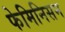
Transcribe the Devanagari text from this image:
फेमिनिसम